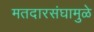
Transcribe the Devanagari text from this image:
मतदारसंघामुळे